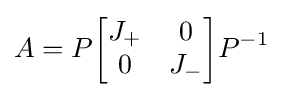
A=P{\begin{bmatrix}J_{+}&0\\0&J_{-}\end{bmatrix}}P^{-1}